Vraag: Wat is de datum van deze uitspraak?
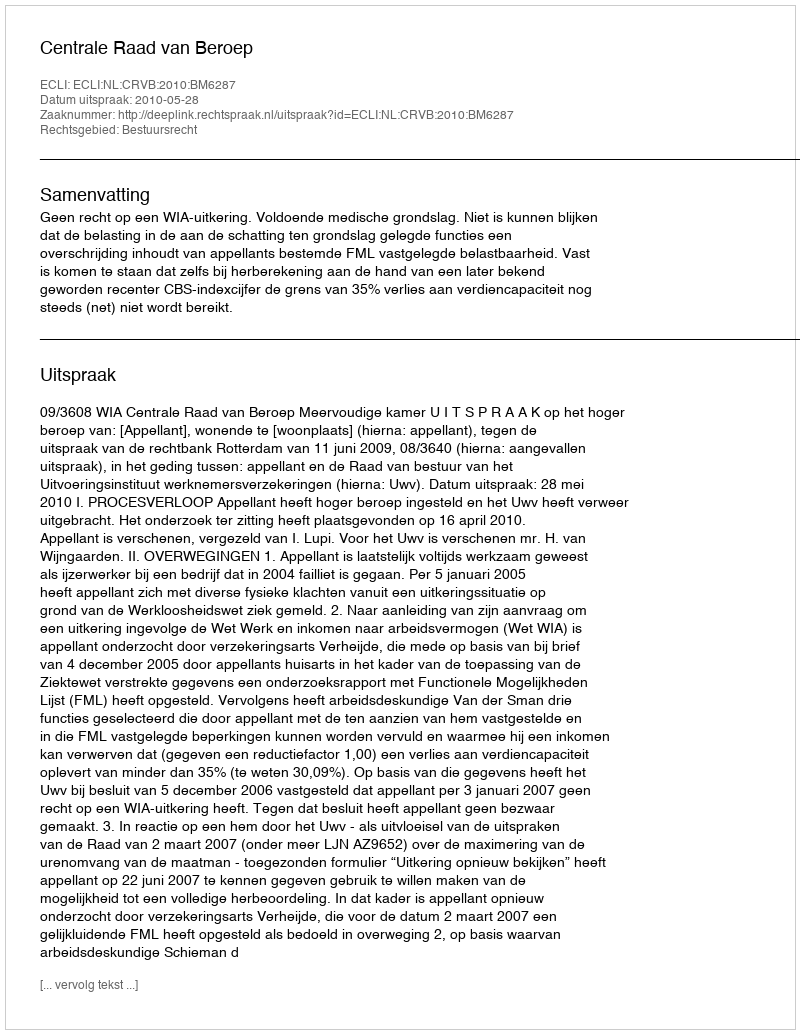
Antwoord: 2010-05-28